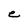
Character: e